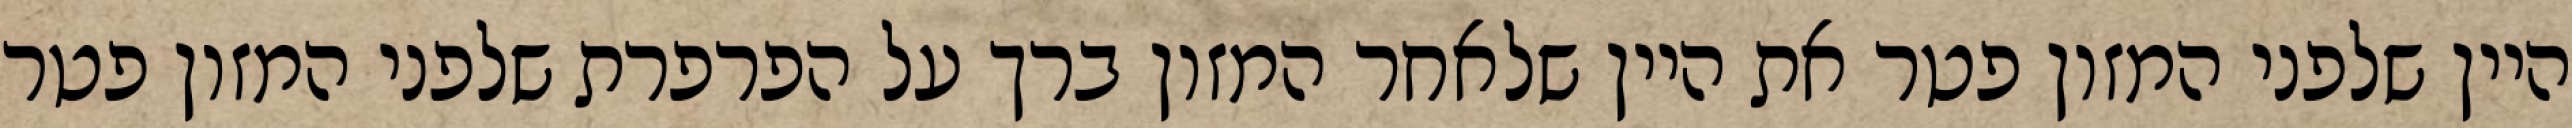
היין שלפני המזון פטר את היין שלאחר המזון ברך על הפרפרת שלפני המזון פטר